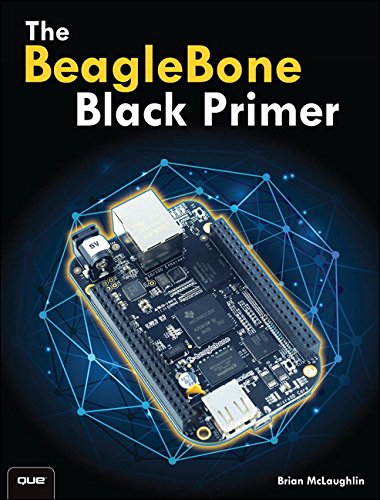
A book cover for The BeagleBone Black Primer; Brian McLaughlin; Computers & Technology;